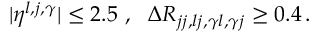
| \eta ^ { l , j , \gamma } | \leq 2 . 5 ~ , ~ ~ \Delta R _ { j j , l j , \gamma l , \gamma j } \geq 0 . 4 \, .